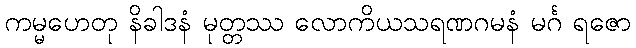
ကမ္မဟေတု နိခါဒနံ မုတ္တဿ လောကိယသရဏဂမနံ မင်္ဂ ရဇော